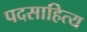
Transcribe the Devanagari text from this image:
पदसाहित्य